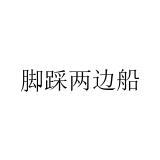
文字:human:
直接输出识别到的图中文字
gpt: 脚踩两边船